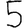
Digit: 5